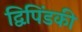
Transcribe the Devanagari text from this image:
द्विपिंडकी